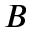
B